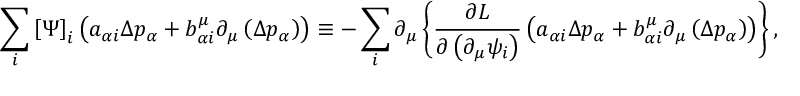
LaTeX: \sum _ { i } \left[ \Psi \right] _ { i } \left( a _ { \alpha i } \Delta p _ { \alpha } + b _ { \alpha i } ^ { \mu } \partial _ { \mu } \left( \Delta p _ { \alpha } \right) \right) \equiv - \sum _ { i } \partial _ { \mu } \left\{ \frac { \partial L } { \partial \left( \partial _ { \mu } \psi _ { i } \right) } \left( a _ { \alpha i } \Delta p _ { \alpha } + b _ { \alpha i } ^ { \mu } \partial _ { \mu } \left( \Delta p _ { \alpha } \right) \right) \right\} ,